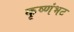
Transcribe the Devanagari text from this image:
कृष्णंभट